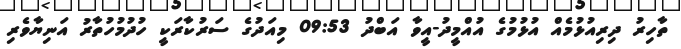
ތާހިރު ދިރިއުޅުމެއް އުޅުމުގެ އުއްމީދު-އީވާ އަބްދު 09:53 މިއަދުގެ ސަރުކާރަކީ ހުދުމުހުތާރު އަނިޔާވެރި